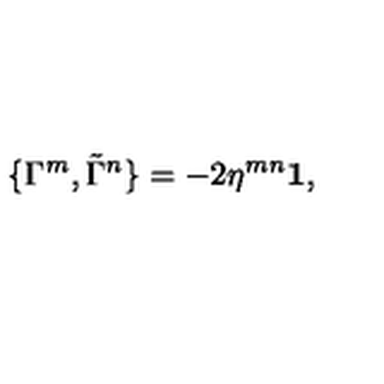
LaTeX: \{ \Gamma ^ { m } , \tilde { \Gamma } ^ { n } \} = - 2 \eta ^ { m n } { \bf 1 } ,